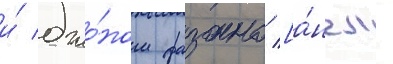
и́ джо́ном фазано [а́нгл.